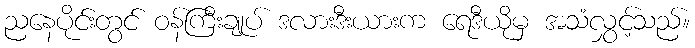
ညနေပိုင်းတွင် ဝန်ကြီးချုပ် ဒလားဒီးယားက ရေဒီယိုမှ အသံလွှင့်သည်။